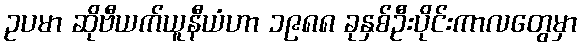
ဥပမာ ဆိုဗီယက်ယူနီယံဟာ ၁၉၈၈ ခုနှစ်ဦးပိုင်းကာလတွေမှာ